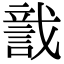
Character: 𧨺